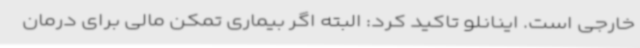
خارجی است. اینانلو تاکید کرد: البته اگر بیماری تمکن مالی برای درمان